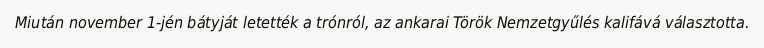
Miután november 1-jén bátyját letették a trónról, az ankarai Török Nemzetgyűlés kalifává választotta.